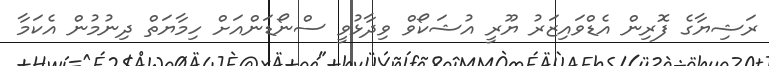
ރަޝިޔާގެ ފޮރިން އެޑްވައިޒަރު ޔޫރީ އުޝަކޯވް ވިދާޅުވީ ސްނޯޑަންއަށް ހިމާޔަތް ދިނުމުން އެކަމާ